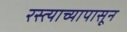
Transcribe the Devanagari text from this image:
रस्त्याच्यापासून